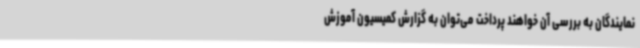
نمایندگان به بررسی آن خواهند پرداخت می‌توان به گزارش کمیسیون آموزش